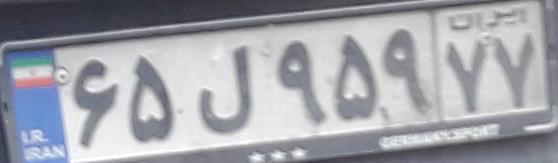
۶۵ل۹۵۹۷۷